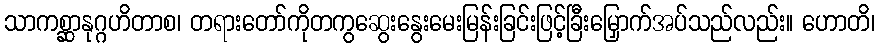
သာကစ္ဆာနုဂ္ဂဟိတာစ၊ တရားတော်ကိုတကွဆွေးနွေးမေးမြန်းခြင်းဖြင့်ခြီးမြှောက်အပ်သည်လည်း။ ဟောတိ၊